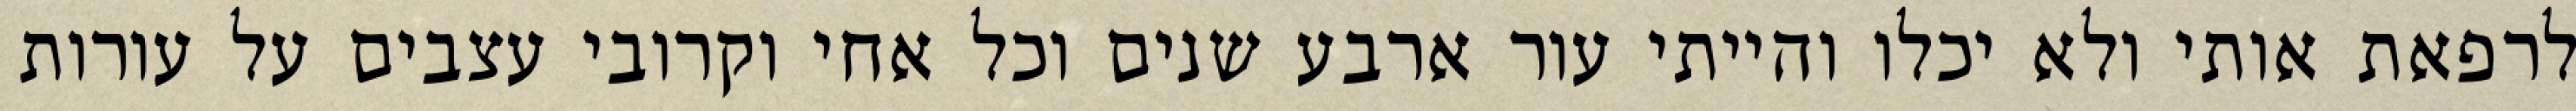
לרפאת אותי ולא יכלו והייתי עור ארבע שנים וכל אחי וקרובי עצבים על עורות